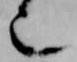
也